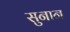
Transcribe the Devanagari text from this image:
सुनान